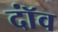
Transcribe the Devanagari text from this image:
दॉंव